Vaccination in Bombay 1902-1912 - 1902-1912
Year: 1902
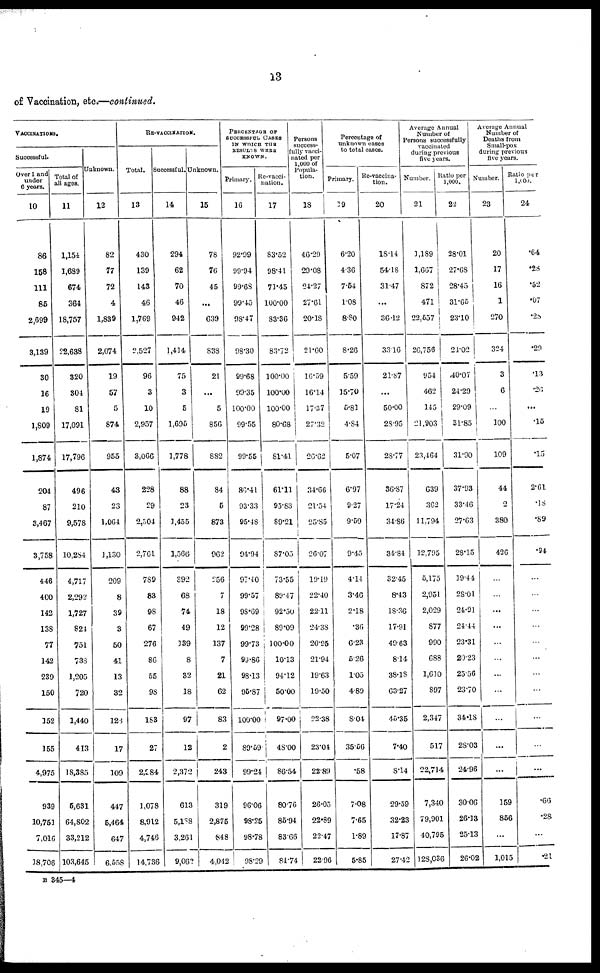
13
of Vaccination, etc.—continued.
VACCINATIONS.
Successful.
Over 1 and
under
6 years.
10
86
158
111
85
2,699
3,139
30
16
19
1,809
1,874
204
87
3,467
3,758
446
400
142
138
77
142
239
150
152
155
4,975
939
10,751
7,016
18,706
Total of
all ages.
11
1,154
1,689
674
364
18,757
22,638
320
304
81
17,091
17,796
496
210
9,578
10,284
4,717
2,292
1,727
824
751
738
1,205
720
1,440
413
18,385
5,631
64,802
33,212
103,645
Unknown.
12
82
77
72
4
1,839
2,074
19
57
5
874
955
43
23
1,064
1,130
209
8
39
3
50
41
13
32
126
17
109
447
5,464
647
6,558
RE-VACCINATION.
Total.
13
430
139
143
46
1,769
2,527
96
3
10
2,957
3,066
228
29
2,504
2,761
789
83
98
67
276
86
55
98
183
27
2,984
1,078
8,912
4,746
14,736
Successful.
14
294
62
70
46
942
1,414
75
3
5
1,695
1,778
88
23
1,455
1,566
392
68
74
49
139
8
32
18
97
12
2,372
613
5,188
3,261
9,062
Unknown.
15
78
76
45
...
639
838
21
...
5
856
882
84
5
873
962
256
7
18
12
137
7
21
62
83
2
243
319
2,875
848
4,042
PERCENTAGE OF
SUCCESSFUL CASES
IN WHICH THE
RESULTS WERE
KNOWN.
Primary.
16
92.99
99.94
99.68
99.45
98.47
98.30
99.68
99.35
100.00
99.55
99.55
86.41
93.33
95.48
94.94
97.40
99.57
98.69
99.28
99.73
99.86
98.13
95.87
100.00
89.59
99.24
96.06
98.25
98.78
98.29
Re-vacci-
nation.
17
83.52
98.41
71.45
100.00
83.36
83.72
100.00
100.00
100.00
80.68
81.41
61.11
95.83
89.21
87.05
73.55
89.47
92.50
89.09
100.00
10.13
94.12
50.00
97.00
48.00
86.54
80.76
85.94
83.66
81.74
Persons
success-
fully vacci-
nated per
1,000 of
Popula-
tion.
18
46.29
29.08
24.27
27.61
20.18
21.60
16.59
16.14
17.37
27.32
26.62
34.66
21.54
25.85
26.07
19.19
22.40
22.11
24.38
20.95
21.94
19.63
19.50
22.38
23.04
22.89
26.05
22.89
22.47
22.96
Percentage of
unknown cases
to total cases.
Primary.
19
6.20
4.36
7.54
1.08
8.80
8.26
5.59
15.70
5.81
4.84
5.07
6.97
9.27
9.59
9.45
4.14
3.46
2.18
.36
6.23
5.26
1.05
4.89
8.04
35.56
.58
7.08
7.65
1.89
5.85
Re-vaccina-
tion.
20
18.14
54.18
31.47
...
36.12
33.16
21.87
...
50.00
28.95
28.77
36.87
17.24
34.86
34.84
32.45
8.43
18.36
17.91
49.63
8.14
38.18
63.27
45.35
7.40
8.14
29.59
32.23
17.87
27.42
Average Annual
Number of
Persons successfully
vaccinated
during previous
five years.
Number.
21
1,189
1,667
872
471
22,557
26,756
954
462
145
21,903
23,464
639
362
11,794
12,795
5,175
2,951
2,029
877
990
688
1,610
897
2,347
517
22,714
7,340
79,901
40,795
128,036
Ratio per
1,000.
22
28.01
27.68
28.45
31.65
23.10
24.02
40.07
24.29
29.09
31.85
31.90
37.93
33.46
27.63
28.15
19.44
28.01
24.91
24.44
23.31
20.23
25.56
23.70
34.18
28.03
24.96
30.06
26.13
25.13
26.02
Average Annual
Number of
Deaths from
Small-pox
during previous
five years.
Number.
23
20
17
16
1
270
324
3
6
...
100
109
44
2
380
426
...
...
...
...
...
...
...
...
...
...
...
159
856
...
1,015
Ratio per
1,000.
24
.64
.28
.52
.07
.28
.29
.13
.26
...
.15
.15
2.61
.18
.89
.94
...
...
...
...
...
...
...
...
...
...
...
.66
.28
...
.21
B 345—4